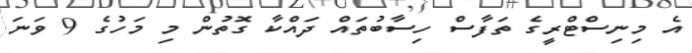
އެ މިނިސްޓްރީގެ ތަފާސް ހިސާބުތައް ދައްކާ ގޮތުން މި މަހުގެ 9 ވަނަ